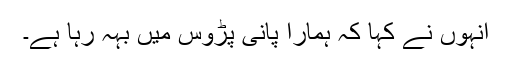
انہوں نے کہا کہ ہمارا پانی پڑوس میں بہہ رہا ہے۔